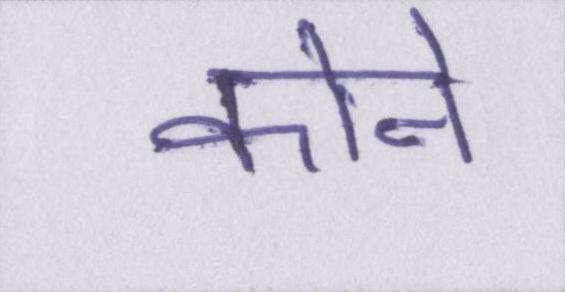
कोने